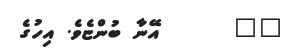
٥١      އޭނާ ބުންޏެވެ. އިހުގެ